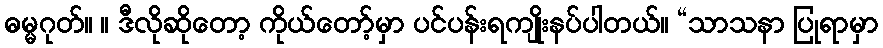
ဓမ္မဂုတ်။ ။ ဒီလိုဆိုတော့ ကိုယ်တော့်မှာ ပင်ပန်းရကျိုးနပ်ပါတယ်။ “သာသနာ ပြုရာမှာ